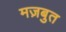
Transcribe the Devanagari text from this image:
मज़बुत